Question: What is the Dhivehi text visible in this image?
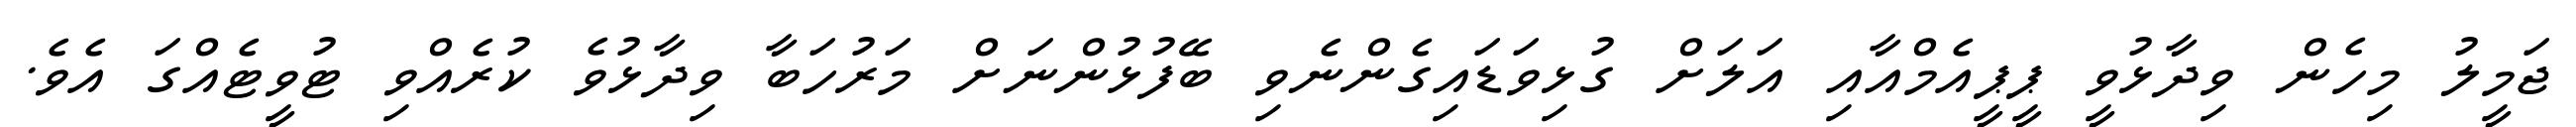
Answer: ޖަމީލު މިހެން ވިދާޅުވީ ޕީޕީއެމްއާއި އަލަށް ގުޅިވަޑައިގެންނެވި ބޭފުޅުންނަށް މަރުހަބާ ވިދާޅުވެ ކުރެއްވި ޓުވީޓެއްގަ އެވެ.